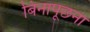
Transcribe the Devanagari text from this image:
बिनापूछना